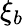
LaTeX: \xi_{b}